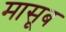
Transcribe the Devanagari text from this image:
मासूब